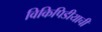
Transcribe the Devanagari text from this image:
विकिपिडीयाची